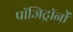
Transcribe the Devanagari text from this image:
पॉजिट्रॉनों